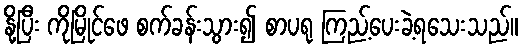
နို့ပြီး ကိုမြိုင်ဖေ စက်ခန်းသွား၍ စာပရု ကြည့်ပေးခဲ့ရသေးသည်။